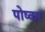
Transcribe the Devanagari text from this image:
पोष्कर